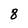
Character: 8